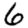
Digit: 6